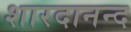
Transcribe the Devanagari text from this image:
शारदानन्द